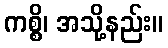
ကစ္စိ၊ အသို့နည်း။